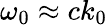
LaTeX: \omega_{0}\approx ck_{0}